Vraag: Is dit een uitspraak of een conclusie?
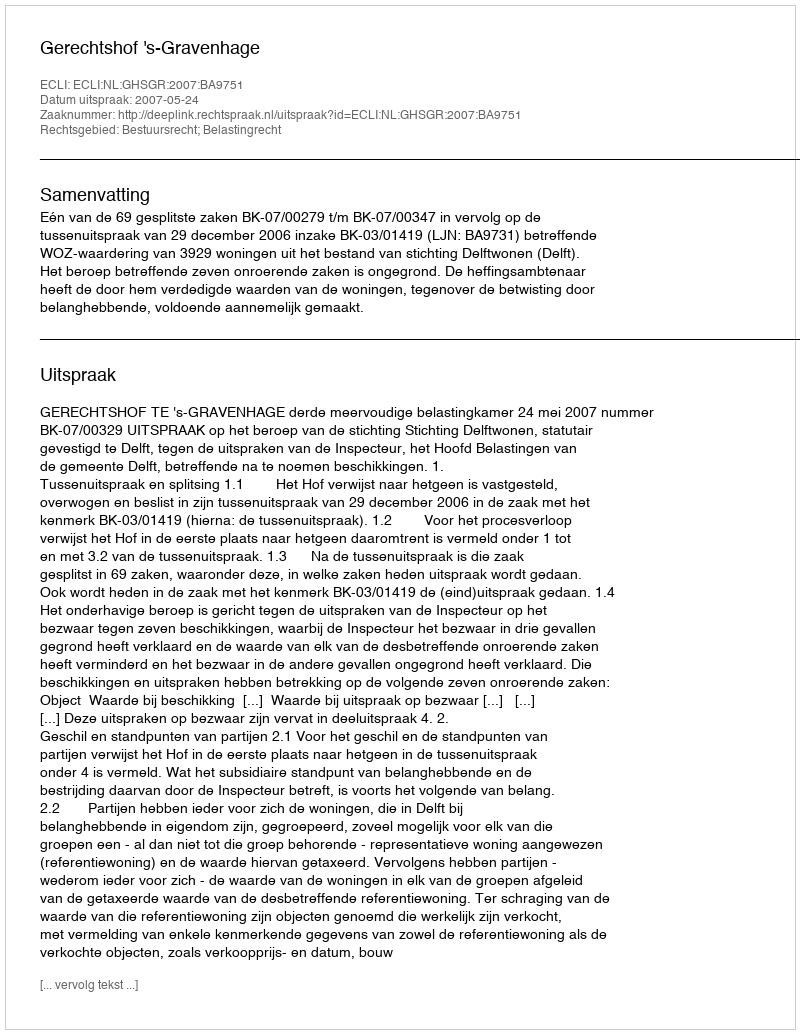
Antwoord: Uitspraak